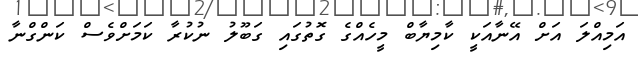
އަމިއްލަ އަށް އޭނާއަކީ ކާމިޔާބް މީހެއްގެ ގޮތުގައި ގަބޫލު ނުކުރާ ކަމަށްވެސް ކަންގްނާ